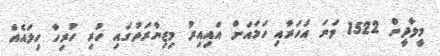
މީލާދީން 1522 ވަނަ އަހަރާއި ހަމައަށް އައިއިރު މިޒިޔާރަތުގައި ހުރި ހުރިހާ ހިލައެއް